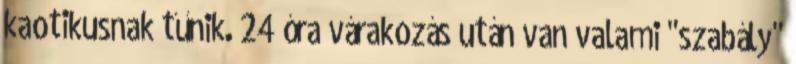
kaotikusnak tűnik. 24 óra várakozás után van valami "szabály"